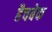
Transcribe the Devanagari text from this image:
हैचबेक